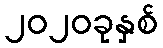
၂၀၂၀ခုနှစ်